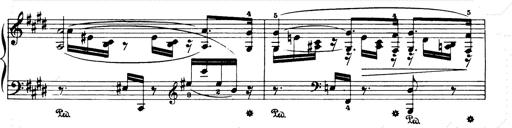
Title: Consolations and LiebestrÃ¤ume for the Piano
Composer: Franz Liszt